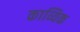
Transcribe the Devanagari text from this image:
काव्यिक